Senior Leaving Certificate Examination (including Day School Certificate (Higher) General paper), 1949
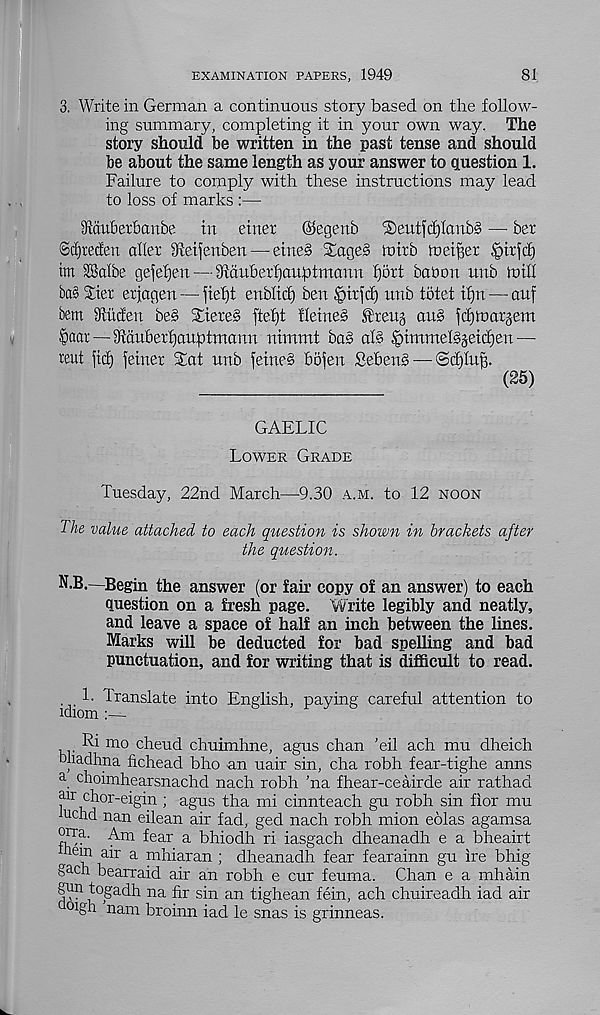
EXAMINATION PAPERS, 1949
81
3. Write in German a continuous story based on the follow-
ing summary, completing it in your own way. The
story should be written in the past tense and should
be about the same length as your answer to question 1.
Failure to comply with these instructions may lead
to loss of marks :—
3rau6erbanbe
in einer
©egenb
®eutfd)Ianb§ — ber
Scfjtecfen alter Steifenben — eine§ SageS iutrb metier
im SBalbe gefel)en — 3tauberf)aubtmarin fjort babon unb toill
ba§ Xier erjagen — fief)t enbltd) ben §trfd) unb totet if)n — anf
bem Slucfen be§ 5£tere§ ftefjt Heines £'reu§ auS jcfgoatjem
§aar—Stdubertjauptmann nimmt baS al§ ^immelsjeidjen —
reut fid) feiner Sat unb feineS bofen SebenS — ©dfluff.
(25)
GAELIC
Lower Grade
Tuesday, 22nd March—9.30 a.m. to 12 noon
The value attached to each question is shown in brackets after
the question.
N.B.—Begin the answer (or fan copy of an answer) to each
question on a fresh page. Write legibly and neatly,
and leave a space of half an inch between the lines.
Marks will be deducted for bad spelling and bad
punctuation, and for writing that is difficult to read.
. 1. Translate into English, paying careful attention to
idiom
Ri mo cheud chuimhne, agus chan ’eil ach mu dheich
bliadhna fichead bho an uair sin, cha robh fear-tighe anns
a choimhearsnachd nach robh ’na fhear-ceairde air rathad
air chor-eigin ; agus tha mi cinnteach gu robh sin fior mu
u chd nan eilean air fad, ged nach robh mion eolas agamsa
flT?" Am ^e ar a bhiodh ri iasgach dheanadh e a bheairt
^iem air a mhiaran ; dheanadh fear fearainn gu ire bhig
gach bearraid air an robh e cur feuma. Chan e a mhain
gun togadh na fir sin an tighean fein, ach chuireadh iad air
°igh nam broinn iad le snas is grinneas.